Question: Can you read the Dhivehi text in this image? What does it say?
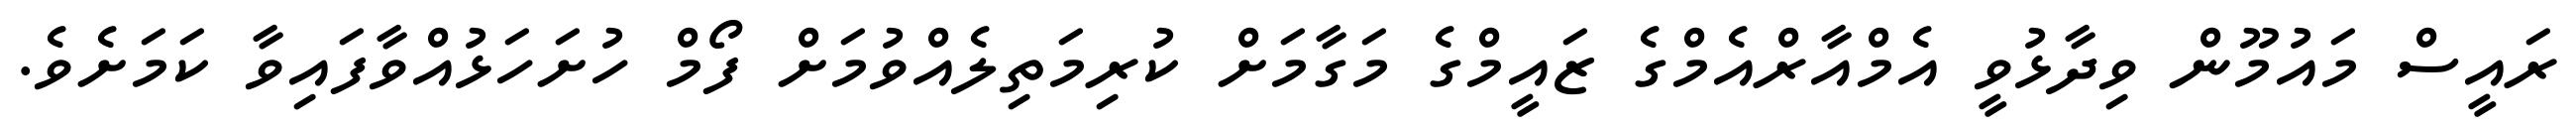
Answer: ރައީސް މައުމޫން ވިދާޅުވީ އެމްއާރްއެމްގެ ޒައީމްގެ މަގާމަށް ކުރިމަތިލެއްވުމަށް ފޯމް ހުށަހަޅުއްވާފައިވާ ކަމަށެވެ.